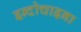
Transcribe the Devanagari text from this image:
इन्दोचाइना